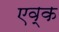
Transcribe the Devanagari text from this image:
एव्क